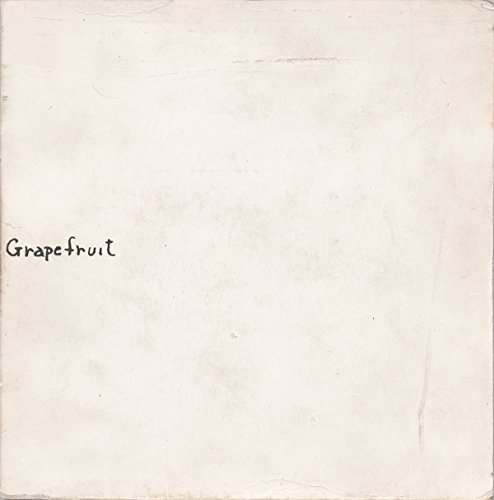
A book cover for Yoko Ono: Grapefruit; Arts & Photography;